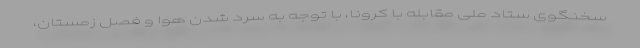
سخنگوی ستاد ملی مقابله با کرونا، با توجه به سرد شدن هوا و فصل زمستان،